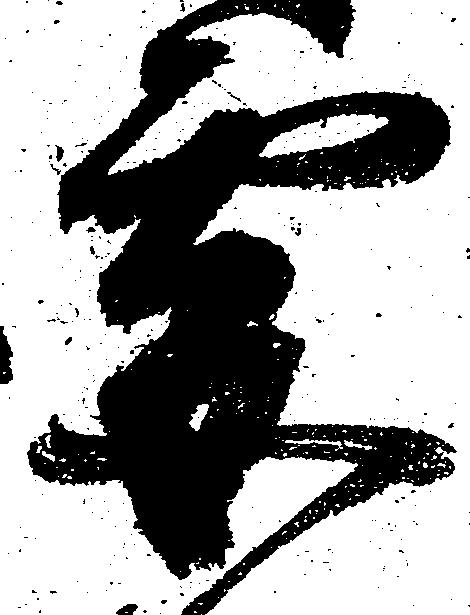
要